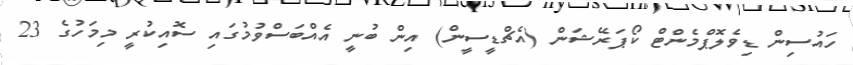
ހައުސިން ޑިވެލޮޕްމެންޓް ކޯޕަރޭޝަން (އެޗްޑީސީން) އިން ބުނީ އެއްބަސްވުމުގައި ސޮއިކުރީ މިމަހުގެ 23